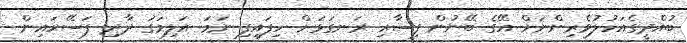
ބުއްދީގެއަހުލުވެރިންނަށް އޭގެ ބޭނުން ފިސާރި ރަނގަޅަށް ހިފައިފި ނަމަ އަލިމަގު ދާދި ފަސޭހައިން